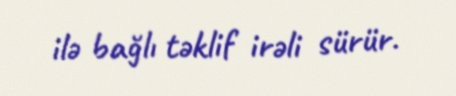
ilə bağlı təklif irəli sürür.